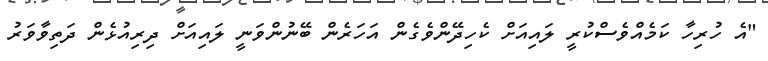
"އެ ހުރިހާ ކަމެއްވެސްކުރީ ލައިއަށް ކެހިދޭންވެގެން އަހަރެން ބޭނުންވަނީ ލައިއަށް ދިރިއުޅެން ދަތިވާވަރު